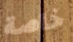
خاصة